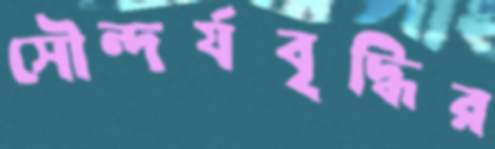
সৌন্দর্যবৃদ্ধির